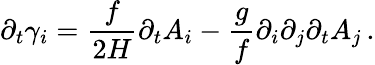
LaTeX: \partial_{t}{\gamma}_{i}=\frac{f}{2H}\partial_{t}{A}_{i}-\frac{g}{f}\partial_{i}\partial_{j}\partial_{t}{A}_{j}\, .